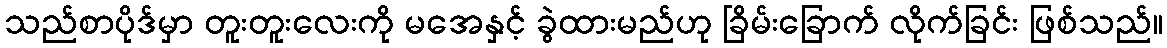
သည်စာပိုဒ်မှာ တူးတူးလေးကို မအေနှင့် ခွဲထားမည်ဟု ခြိမ်းခြောက် လိုက်ခြင်း ဖြစ်သည်။